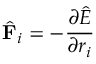
\hat { \mathbf { F } } _ { i } = - \frac { \partial \hat { E } } { \partial r _ { i } }